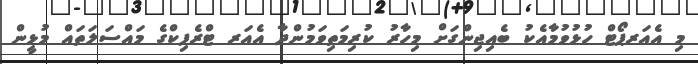
މި އެއަރޕޯޓް ހުޅުވުމާއެކު ބެއިޖިންގަށް މިހާރު ކުރިމަތިވަމުންދާ އެއަރ ޓްރެފިކްގެ މައްސަލަތައް މުޅީން